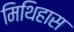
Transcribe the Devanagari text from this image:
मिथिहास